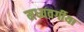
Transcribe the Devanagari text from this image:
मध्यवर्गीया